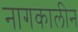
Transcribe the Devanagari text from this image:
नागकालीन